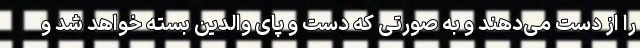
را از دست می‌دهند و به صورتی که دست و پای والدین بسته خواهد شد و